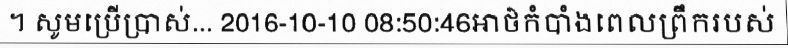
។ សូមប្រើប្រាស់... 2016-10-10 08:50:46អាថ៌កំបាំងពេលព្រឹករបស់